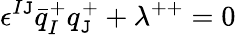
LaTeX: \epsilon^{I\mathtt{J}}\bar{{q}}_{I}^{+}q_{\mathtt{J}}^{+}+\lambda^{++}=0